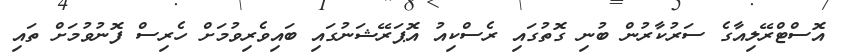
އޮސްޓްރޭލިއާގެ ސަރުކާރުން ބުނި ގޮތުގައި ރެސްކިއު އޮޕަރޭޝަނުގައި ބައިވެރިވުމަށް ހެރިސް ފޮނުވުމަށް ތައި